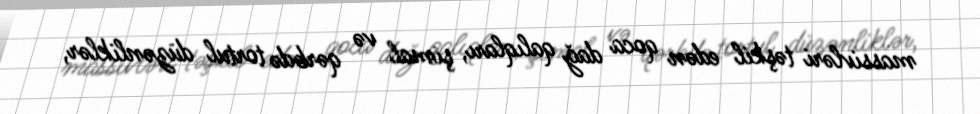
massivləri təşkil edən qoca dağ qalıqları, şimal və qərbdə tortul düzənliklər,